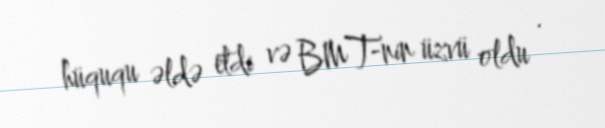
hüququ əldə etdi və BMT-nin üzvü oldu .